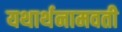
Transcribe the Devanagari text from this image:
यथार्थनामवती